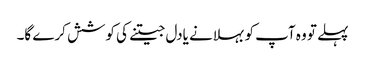
پہلے تو وہ آپ کو بہلانے یادل جیتنے کی کوشش کرے گا۔